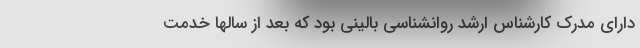
دارای مدرک کارشناس ارشد روانشناسی بالینی بود که بعد از سالها خدمت